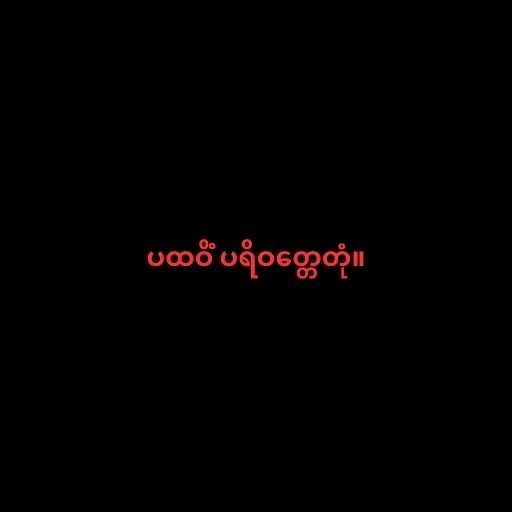
ပထဝိံ ပရိဝတ္တေတုံ။